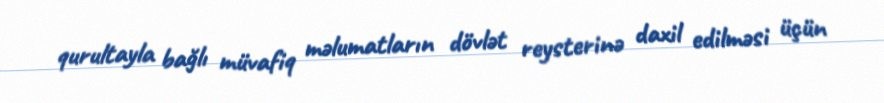
qurultayla bağlı müvafiq məlumatların dövlət reysterinə daxil edilməsi üçün